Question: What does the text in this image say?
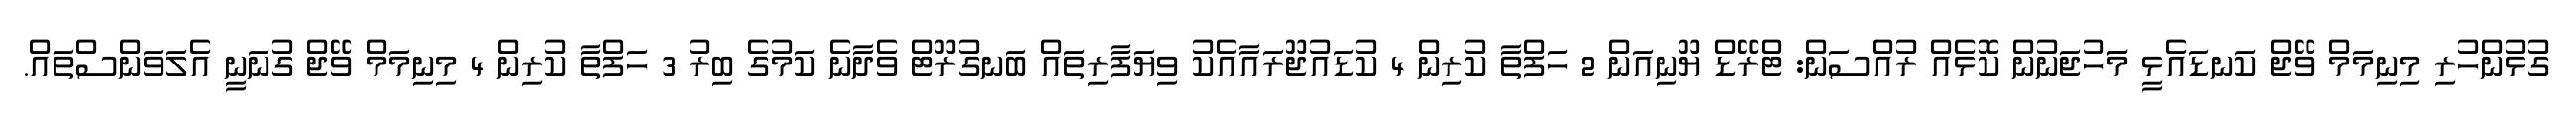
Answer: ގުޅުންހުރި މިނިމަމް ވޭޖް ކަނޑައެޅީ މަަހުޖަނުން ކޮޅެއް ރުއްސަން: ޓްރޭޑް ޔޫނިއަން 2 ހަފްތާ ކުރިން 4 ކުޑައުޖޫރައާއެކު ވިޔަފާރިތައް ބަނގުރޫޓް ވެދާނެ ކަމުގެ ބިރު 3 ހަފްތާ ކުރިން 4 މިނިމަމް ވޭޖް ގުނަނީ އެލަވަންސްތައް.